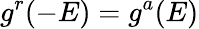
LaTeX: g^{r}(-E)=g^{a}(E)